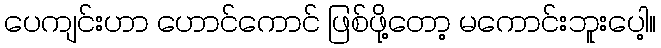
ပေကျင်းဟာ ဟောင်ကောင် ဖြစ်ဖို့တော့ မကောင်းဘူးပေါ့။